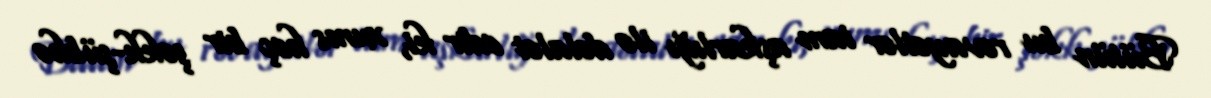
Bütün bu rəvayətlər tam aşkarlığı ilə dəlalət edir ki, xums heç bir şəkk-şübhə